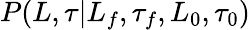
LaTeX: P(L,\tau|L_{f},\tau_{f},L_{0},\tau_{0})